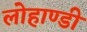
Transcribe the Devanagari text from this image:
लोहाण्डी